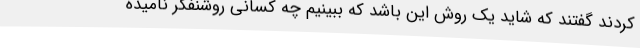
کردند گفتند که شاید یک روش این باشد که ببینیم چه کسانی روشنفکر نامیده